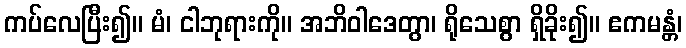
ကပ်လေပြီး၍။ မံ၊ ငါဘုရားကို။ အဘိဝါဒေတွာ၊ ရိုသေစွာ ရှိခိုး၍။ ဧကမန္တံ၊